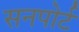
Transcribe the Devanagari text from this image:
सनपोर्ट